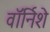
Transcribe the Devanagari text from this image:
वॉर्निशे